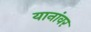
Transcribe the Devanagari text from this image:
यानांवर